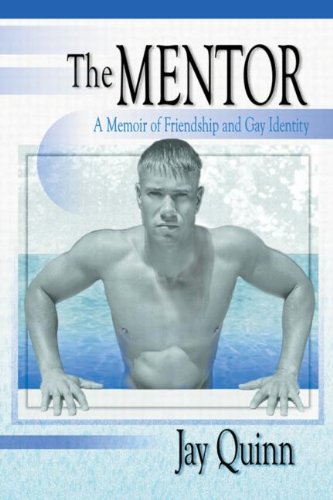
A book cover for The Mentor: A Memoir of Friendship and Gay Identity; John Dececco  Phd; Gay & Lesbian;